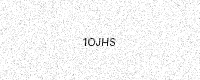
Text: 1OJHS